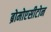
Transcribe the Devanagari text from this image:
ब्रोमोएसीटोन